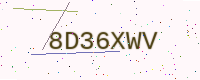
Text: 8D36XWV